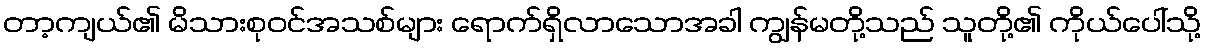
တာ့ကျယ်၏ မိသားစုဝင်အသစ်များ ရောက်ရှိလာသောအခါ ကျွန်မတို့သည် သူတို့၏ ကိုယ်ပေါ်သို့